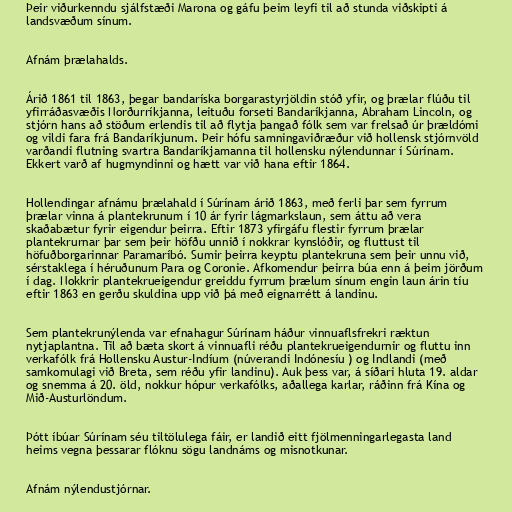
Þeir viðurkenndu sjálfstæði Marona og gáfu þeim leyfi til að stunda viðskipti á
landsvæðum sínum.

Afnám þrælahalds.

Árið 1861 til 1863, þegar bandaríska borgarastyrjöldin stóð yfir, og þrælar flúðu til
yfirráðasvæðis Norðurríkjanna, leituðu forseti Bandaríkjanna, Abraham Lincoln, og
stjórn hans að stöðum erlendis til að flytja þangað fólk sem var frelsað úr þrældómi
og vildi fara frá Bandaríkjunum. Þeir hófu samningaviðræður við hollensk stjórnvöld
varðandi flutning svartra Bandaríkjamanna til hollensku nýlendunnar í Súrínam.
Ekkert varð af hugmyndinni og hætt var við hana eftir 1864.

Hollendingar afnámu þrælahald í Súrínam árið 1863, með ferli þar sem fyrrum
þrælar vinna á plantekrunum í 10 ár fyrir lágmarkslaun, sem áttu að vera
skaðabætur fyrir eigendur þeirra. Eftir 1873 yfirgáfu flestir fyrrum þrælar
plantekrurnar þar sem þeir höfðu unnið í nokkrar kynslóðir, og fluttust til
höfuðborgarinnar Paramaríbó. Sumir þeirra keyptu plantekruna sem þeir unnu við,
sérstaklega í héruðunum Para og Coronie. Afkomendur þeirra búa enn á þeim jörðum
í dag. Nokkrir plantekrueigendur greiddu fyrrum þrælum sínum engin laun árin tíu
eftir 1863 en gerðu skuldina upp við þá með eignarrétt á landinu.

Sem plantekrunýlenda var efnahagur Súrínam háður vinnuaflsfrekri ræktun
nytjaplantna. Til að bæta skort á vinnuafli réðu plantekrueigendurnir og fluttu inn
verkafólk frá Hollensku Austur-Indíum (núverandi Indónesíu ) og Indlandi (með
samkomulagi við Breta, sem réðu yfir landinu). Auk þess var, á síðari hluta 19. aldar
og snemma á 20. öld, nokkur hópur verkafólks, aðallega karlar, ráðinn frá Kína og
Mið-Austurlöndum.

Þótt íbúar Súrínam séu tiltölulega fáir, er landið eitt fjölmenningarlegasta land
heims vegna þessarar flóknu sögu landnáms og misnotkunar.

Afnám nýlendustjórnar.